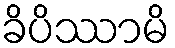
ခိပိဿာမိ